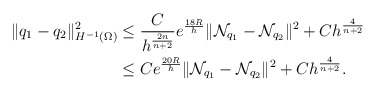
\begin{align*}\begin{aligned}\Vert q_{1}-q_{2} \Vert^{2}_{H^{-1}(\Omega)} &\leq \frac{C}{h^\frac{2n}{n+2}} e^\frac{18R}{h} \Vert \mathcal{N}_{q_{1}}-\mathcal{N}_{q_{2}} \Vert^{2}+ C h^\frac{4}{n+2} \\& \leq C e^\frac{20R}{h} \Vert \mathcal{N}_{q_{1}}-\mathcal{N}_{q_{2}} \Vert^{2} + C h^\frac{4}{n+2}.\end{aligned} \end{align*}